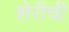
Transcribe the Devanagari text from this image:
शेरीची